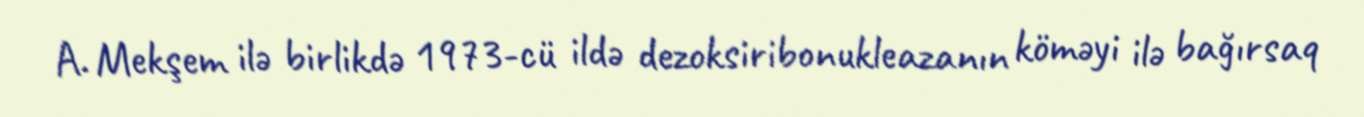
A. Mekşem ilə birlikdə 1973-cü ildə dezoksiribonukleazanın köməyi ilə bağırsaq